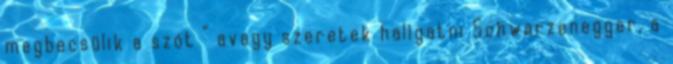
megbecsülik a szót ” avagy szeretek hallgatni Schwarzenegger, a